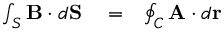
\begin{array} { r l r } { \int _ { S } { \bf B } \cdot d { \bf S } } & { { } = } & { \oint _ { C } { \bf A } \cdot d { \bf r } } \end{array}